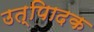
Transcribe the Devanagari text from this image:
उत्पािदक